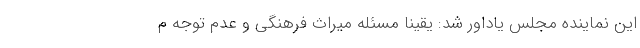
این نماینده مجلس یاداور شد: یقینا مسئله میراث فرهنگی و عدم توجه م